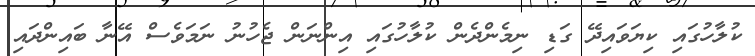
ކުލާހުގައި ކިޔަވައިދޭ ގަޑި ނިމެންދެން ކުލާހުގައި އިންނަން ޖެހުނު ނަމަވެސް އޭނާ ބައިންދައި